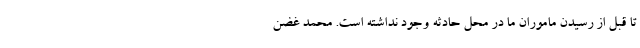
تا قبل از رسیدن ماموران ما در محل حادثه وجود نداشته است. محمد غضن